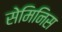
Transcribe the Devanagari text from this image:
सेमिनिस